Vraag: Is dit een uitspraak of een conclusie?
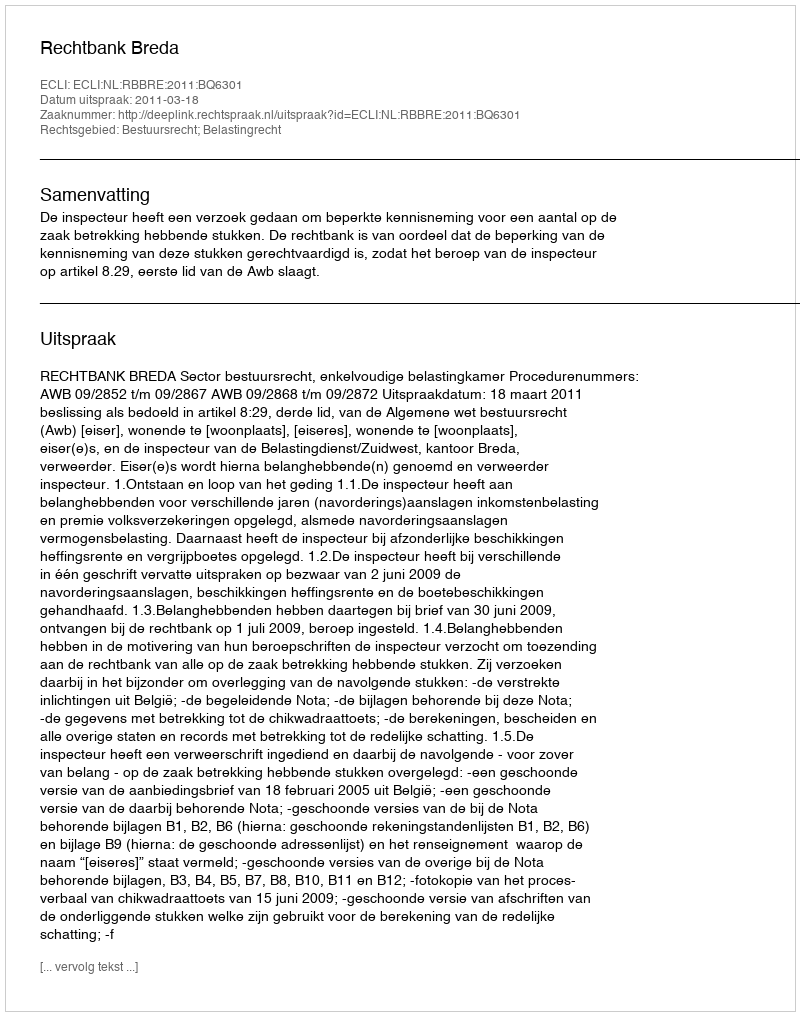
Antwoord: Uitspraak